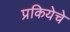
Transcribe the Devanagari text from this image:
प्रकियेचे